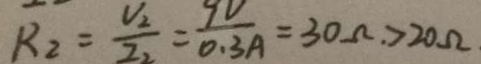
R _ { 2 } = \frac { V _ { 2 } } { I _ { 2 } } = \frac { 9 V } { 0 . 3 A } = 3 0 \Omega . > 2 0 \Omega